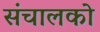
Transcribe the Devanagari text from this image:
संचालको